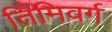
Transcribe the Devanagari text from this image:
तिमिवर्ग